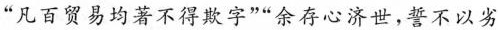
”凡百贸易均著不得欺字””余存心济世，誓不以劣